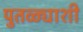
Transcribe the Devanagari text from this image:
पुतळ्याशी